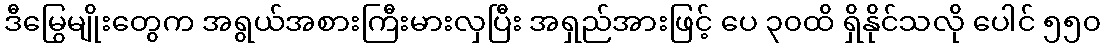
ဒီမြွေမျိုးတွေက အရွယ်အစားကြီးမားလှပြီး အရှည်အားဖြင့် ပေ ၃၀ထိ ရှိနိုင်သလို ပေါင် ၅၅၀